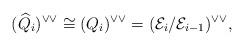
LaTeX: \begin{align*} (\widehat{Q}_{i})^{\vee \vee }\cong (Q_{i})^{\vee \vee }=(\mathcal{E}_{i}/\mathcal{E}_{i-1})^{\vee \vee },\end{align*}